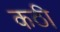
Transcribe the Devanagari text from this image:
कठी